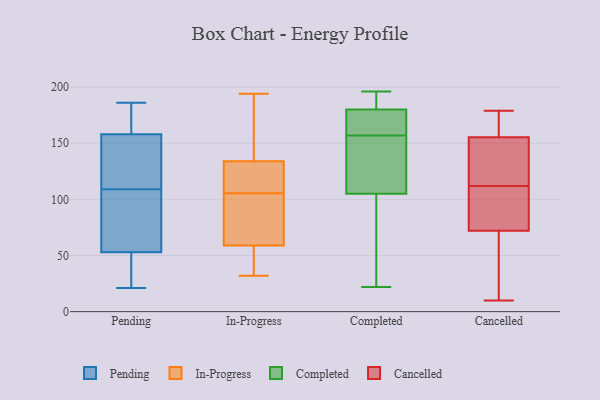
{"axis": {"x": "Bounce Rate (%)", "y": "Value"}, "legend": ["Cancelled", "Completed", "In-Progress", "Pending"], "data": [{"x": "", "y": 151, "type": "Pending"}, {"x": "", "y": 119, "type": "Pending"}, {"x": "", "y": 158, "type": "Pending"}, {"x": "", "y": 53, "type": "Pending"}, {"x": "", "y": 53, "type": "Pending"}, {"x": "", "y": 99, "type": "Pending"}, {"x": "", "y": 21, "type": "Pending"}, {"x": "", "y": 176, "type": "Pending"}, {"x": "", "y": 66, "type": "Pending"}, {"x": "", "y": 186, "type": "Pending"}, {"x": "", "y": 102, "type": "In-Progress"}, {"x": "", "y": 118, "type": "In-Progress"}, {"x": "", "y": 51, "type": "In-Progress"}, {"x": "", "y": 169, "type": "In-Progress"}, {"x": "", "y": 110, "type": "In-Progress"}, {"x": "", "y": 91, "type": "In-Progress"}, {"x": "", "y": 109, "type": "In-Progress"}, {"x": "", "y": 136, "type": "In-Progress"}, {"x": "", "y": 32, "type": "In-Progress"}, {"x": "", "y": 141, "type": "In-Progress"}, {"x": "", "y": 96, "type": "In-Progress"}, {"x": "", "y": 134, "type": "In-Progress"}, {"x": "", "y": 57, "type": "In-Progress"}, {"x": "", "y": 132, "type": "In-Progress"}, {"x": "", "y": 38, "type": "In-Progress"}, {"x": "", "y": 84, "type": "In-Progress"}, {"x": "", "y": 194, "type": "In-Progress"}, {"x": "", "y": 59, "type": "In-Progress"}, {"x": "", "y": 105, "type": "Completed"}, {"x": "", "y": 117, "type": "Completed"}, {"x": "", "y": 196, "type": "Completed"}, {"x": "", "y": 187, "type": "Completed"}, {"x": "", "y": 152, "type": "Completed"}, {"x": "", "y": 172, "type": "Completed"}, {"x": "", "y": 180, "type": "Completed"}, {"x": "", "y": 40, "type": "Completed"}, {"x": "", "y": 162, "type": "Completed"}, {"x": "", "y": 22, "type": "Completed"}, {"x": "", "y": 179, "type": "Cancelled"}, {"x": "", "y": 152, "type": "Cancelled"}, {"x": "", "y": 39, "type": "Cancelled"}, {"x": "", "y": 83, "type": "Cancelled"}, {"x": "", "y": 165, "type": "Cancelled"}, {"x": "", "y": 112, "type": "Cancelled"}, {"x": "", "y": 130, "type": "Cancelled"}, {"x": "", "y": 87, "type": "Cancelled"}, {"x": "", "y": 168, "type": "Cancelled"}, {"x": "", "y": 132, "type": "Cancelled"}, {"x": "", "y": 90, "type": "Cancelled"}, {"x": "", "y": 35, "type": "Cancelled"}, {"x": "", "y": 10, "type": "Cancelled"}]}